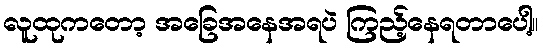
လူထုကတော့ အခြေအနေအရပဲ ကြည့်နေရတာပေါ့။